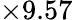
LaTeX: \times 9.57